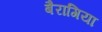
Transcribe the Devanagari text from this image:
बैरागिया